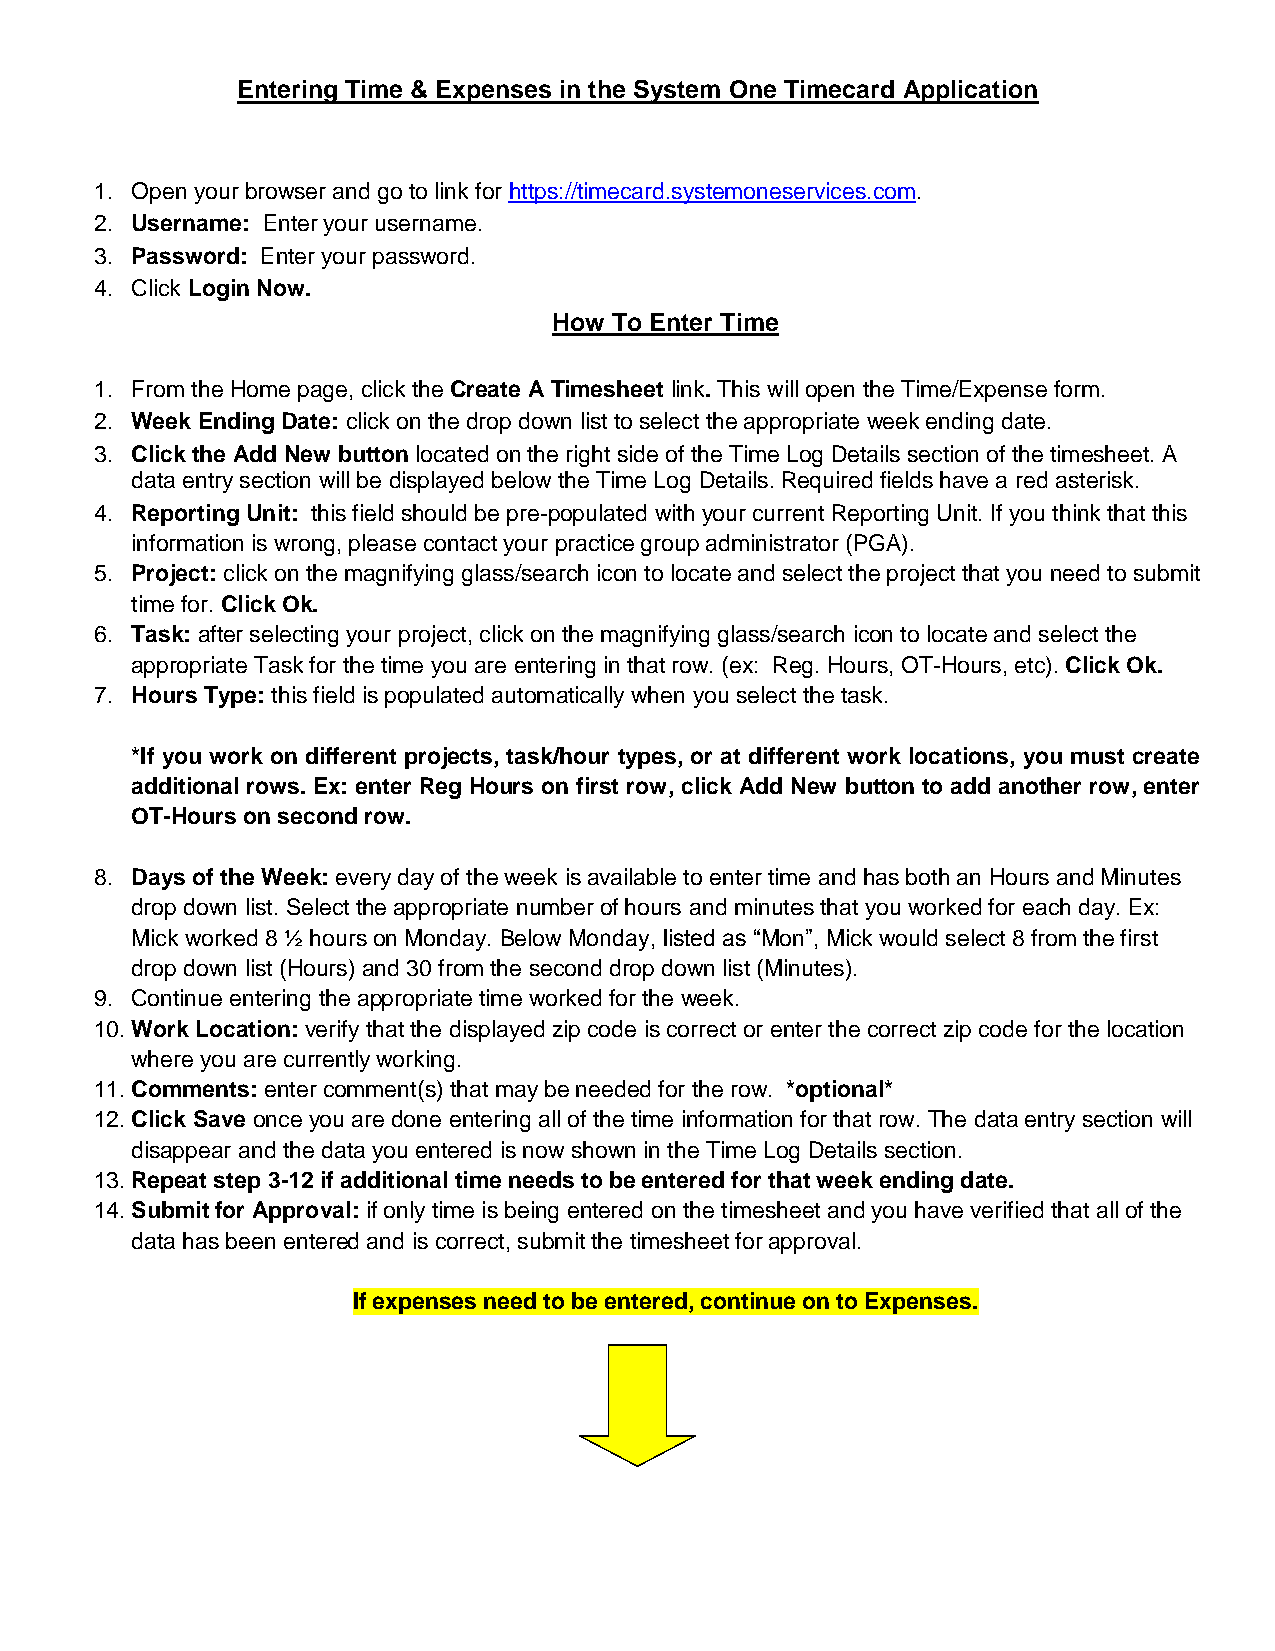
Entering Time & Expenses in the System One Timecard Application
 1. Open your browser and go to link for https://timecard.systemoneservices.com.
 2. Username: Enter your username.
 3. Password: Enter your password.
 4. Click Login Now.
 How To Enter Time
 1. From the Home page, click the Create A Timesheet link. This will open the Time/Expense form.
 2. Week Ending Date: click on the drop down list to select the appropriate week ending date.
 3. Click the Add New button located on the right side of the Time Log Details section of the timesheet. A
 data entry section will be displayed below the Time Log Details. Required fields have a red asterisk.
 4. Reporting Unit: this field should be pre-populated with your current Reporting Unit. If you think that this
 information is wrong, please contact your practice group administrator (PGA).
 5. Project: click on the magnifying glass/search icon to locate and select the project that you need to submit
 time for. Click Ok.
 6. Task: after selecting your project, click on the magnifying glass/search icon to locate and select the
 appropriate Task for the time you are entering in that row. (ex: Reg. Hours, OT-Hours, etc). Click Ok.
 7. Hours Type: this field is populated automatically when you select the task.
 *If you work on different projects, task/hour types, or at different work locations, you must create
 additional rows. Ex: enter Reg Hours on first row, click Add New button to add another row, enter
 OT-Hours on second row.
 8. Days of the Week: every day of the week is available to enter time and has both an Hours and Minutes
 drop down list. Select the appropriate number of hours and minutes that you worked for each day. Ex:
 Mick worked 8 ½ hours on Monday. Below Monday, listed as “Mon”, Mick would select 8 from the first
 drop down list (Hours) and 30 from the second drop down list (Minutes).
 9. Continue entering the appropriate time worked for the week.
 10. Work Location: verify that the displayed zip code is correct or enter the correct zip code for the location
 where you are currently working.
 11. Comments: enter comment(s) that may be needed for the row. *optional*
 12. Click Save once you are done entering all of the time information for that row. The data entry section will
 disappear and the data you entered is now shown in the Time Log Details section.
 13. Repeat step 3-12 if additional time needs to be entered for that week ending date.
 14. Submit for Approval: if only time is being entered on the timesheet and you have verified that all of the
 data has been entered and is correct, submit the timesheet for approval.
 If expenses need to be entered, continue on to Expenses.